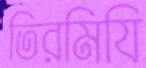
তিরমিযি